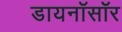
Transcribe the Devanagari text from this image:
डायनॉसॉर